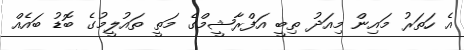
އެ ހަތަރު މައިން މިއަދު ތިބީ އަފްރާޝީމްގެ މަތީ ތައުލީމުގެ ބޮޑު ބައެއް